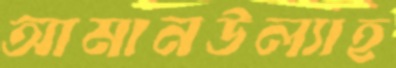
আমানউল্যাহ